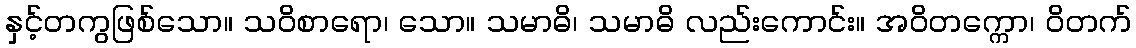
နှင့်တကွဖြစ်သော။ သဝိစာရော၊ သော။ သမာဓိ၊ သမာဓိ လည်းကောင်း။ အဝိတက္ကော၊ ဝိတက်